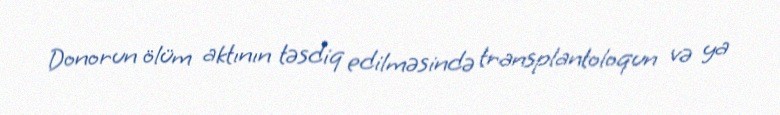
Donorun ölüm aktının təsdiq edilməsində transplantoloqun və ya